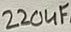
Text: 220uF